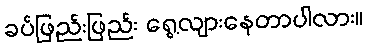
ခပ်ဖြည်းဖြည်း ရွေ့လျားနေတာပါလား။